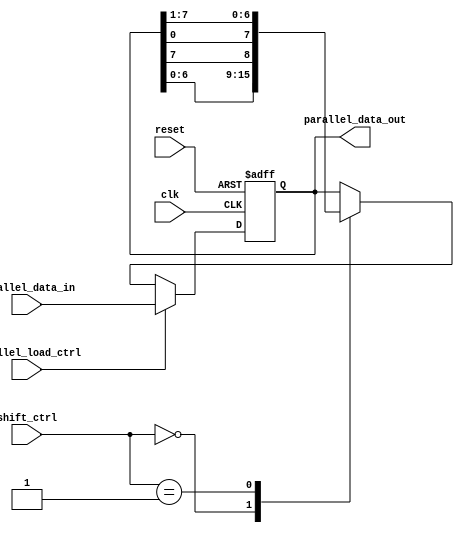
module shift_register(
    input wire clk,
    input wire reset,
    input wire [1:0] shift_ctrl,
    input wire parallel_load_ctrl,
    input wire [7:0] parallel_data_in,
    output reg [7:0] parallel_data_out
);

reg [7:0] reg_data;

always @(posedge clk or posedge reset) begin
    if (reset) begin
        reg_data <= 8'b0;
    end else begin
        case (shift_ctrl)
            2'b00: reg_data <= {reg_data[6:0], reg_data[7]}; // Shift left
            2'b01: reg_data <= {reg_data[0], reg_data[7:1]}; // Shift right
            default: reg_data <= reg_data; // No shift
        endcase
        
        if (parallel_load_ctrl) begin
            reg_data <= parallel_data_in;
        end
    end
end

assign parallel_data_out = reg_data;

endmodule